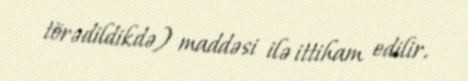
törədildikdə) maddəsi ilə ittiham edilir.